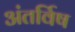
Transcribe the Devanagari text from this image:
अंतर्विष